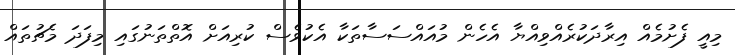
މިއީ ފެށުމެއް އިރާދަކުރެއްވިއްޔާ އެހެން މުއައްސަސާތަކާ އެކުވެސް ކުރިއަށް އޮތްތަނުގައި މިފަދަ މެޗުތައް